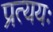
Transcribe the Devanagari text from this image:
प्रत्ययः